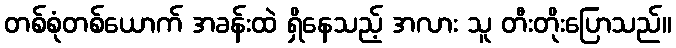
တစ်စုံတစ်ယောက် အခန်းထဲ ရှိနေသည့် အလား သူ တီးတိုးပြောသည်။